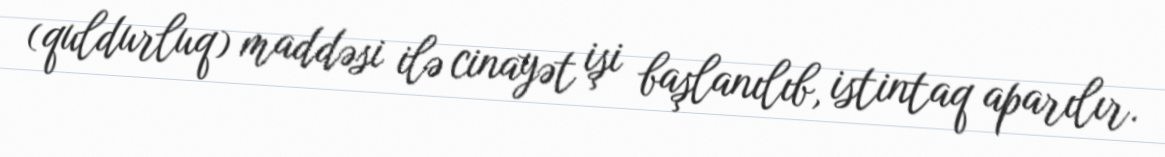
(quldurluq) maddəsi ilə cinayət işi başlanılıb, istintaq aparılır.